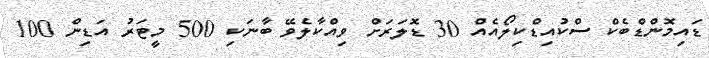
ޑައިމޮންޑްބެކް ސްކުއިޑްކިލޯއެއް 30 ޑޮލަރަށް ވިއްކާލެވޭ ބާނަކި 500 މީޓަރު އަޑިން 100